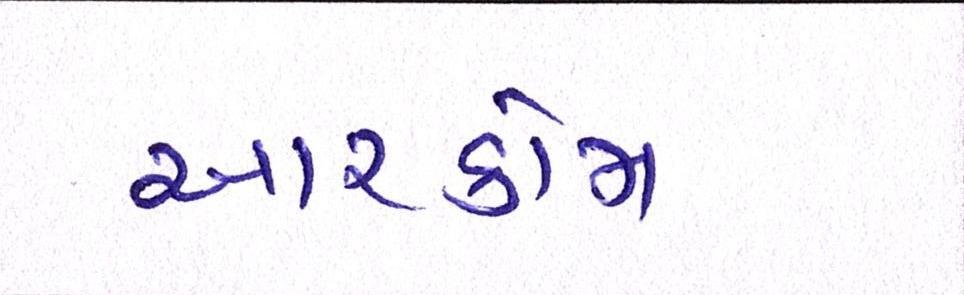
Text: આરકોમ